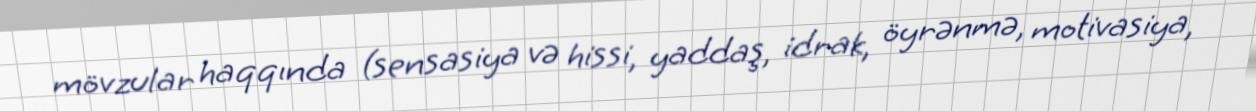
mövzular haqqında (sensasiya və hissi, yaddaş, idrak, öyrənmə, motivasiya,